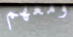
ومعهم